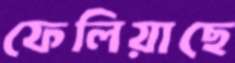
ফেলিয়াছে